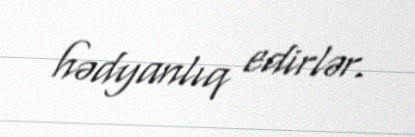
hədyanlıq edirlər.